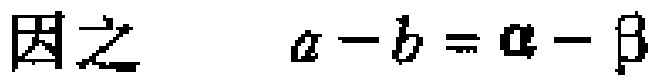
因之 \[ a - b = \alpha - \beta \]